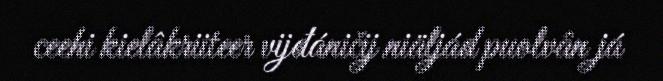
ceehi kielâkriiteer vijđáničij niäljád puolvân já